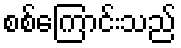
စစ်ကြောင်းသည်